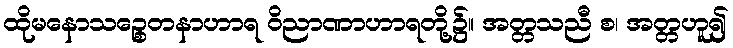
ထိုမနောသဉ္စေတနာဟာရ ဝိညာဏာဟာရတို့၌။ အတ္တသညီ စ၊ အတ္တဟူ၍